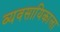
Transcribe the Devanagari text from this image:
व्यवसायिकाला